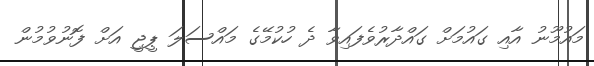
މައުމޫނު އާއި ގައުމަށް ގައްދާރުވެފައިވާ ދެ ހުކުމޭގެ މައްސަލަ ޕީޖީ އަށް ފޮނުވުމުން